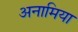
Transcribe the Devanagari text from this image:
अनामिया